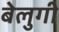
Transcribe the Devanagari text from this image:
बेलुगी